Lunatic asylums Madras 1892-1911 - 1892-1911
Year: 1892
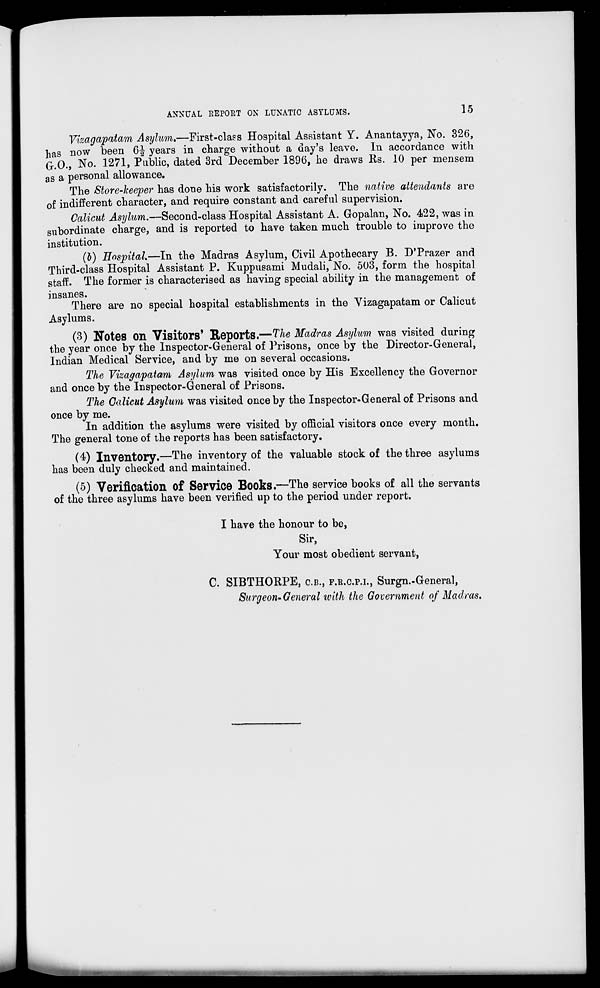
ANNUAL REPORT ON LUNATIC ASYLUMS.
15
Vkagapatam Asylum,—First-class Hospital Assistant Y. Anantayya, No. 326,
has now been 6^ years in charge without a day's leave. In accordance with
G.O., No. 1271, Public, dated 3rd December 189(5, he draws Rs. 10 per mensem
as a personal allowance.
The Store-keeper has done his work satisfactorily. The native attendants are
of indifferent character, and require constant and careful supervision.
Calicut Asylum.—Second-class Hospital Assistant A. Gopalan, No. 422, was in
subordinate charge, and is reported to have taken much trouble to improve the
institution.
(6) HnspitaL—In the Madras Asylum, Civil Apothecary B. D'Prazer and
Third-class Hospital Assistant P. Kuppusami Mudali, No. 503, form the hospital
staff. The former is characterised as having special ability in the management of
insanes.
There are no special hospital establishments in the Vizagapatam or Calicut
Asylums.
(3) Notes On Visitors' Reports.—The Madras Asylum was visited during
the year once by the Inspector-General of Prisons, once by the Director-General,
Indian Medical Service, and by me on several occasions.
The Vizagapatam Asylum was visited once by His Excellency the Governor
and once by the Inspector-General of Prisons.
The Calicut Asylum was visited once by the Inspector-General of Prisons and
once by me.
In addition the asylums were visited by official visitors once every month.
The general tone of the reports has been satisfactory.
(4) Inventory.—The inventory of the valuable stock of the three asylums
has been duly checked and maintained.
(5) Verification of Service Books.—The service books of all the servants
of the three asylums have been verified up to the period under report.
I have the honour to be,
Sir,
Your most obedient servant,
C. SIBTHORPE, C.B., F.R.C.P.I., Surgn.-General,
Surgeon"General with the Government of Madras,